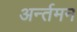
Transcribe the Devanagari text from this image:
अर्न्‍तमन